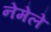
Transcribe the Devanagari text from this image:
नेमेले